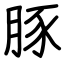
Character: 豚